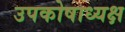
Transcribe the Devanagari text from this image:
उपकोषाध्यक्ष